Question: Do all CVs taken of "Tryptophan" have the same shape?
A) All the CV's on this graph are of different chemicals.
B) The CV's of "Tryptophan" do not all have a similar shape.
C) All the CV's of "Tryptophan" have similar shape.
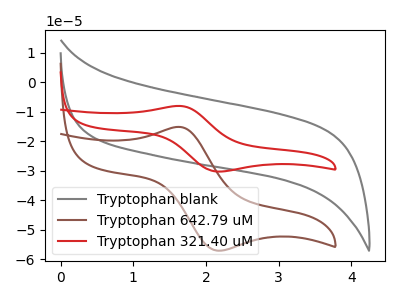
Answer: <think>The gray curve "Tryptophan blank" has no peaks. The brown curve "Tryptophan 642.79 uM" has an anodic peak at (1.65V, -15.15uA) and a cathodic peak at (2.15V, -57.15uA). The red curve "Tryptophan 321.40 uM" has an anodic peak at (1.65V, -8.05uA) and a cathodic peak at (2.15V, -30.30uA).
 "Tryptophan blank" and "Tryptophan 642.79 uM" have a different number of peaks. "Tryptophan blank" and "Tryptophan 321.40 uM" have a different number of peaks. All the peaks in "Tryptophan 642.79 uM" have a peak in "Tryptophan 321.40 uM" at the same potential.</think>
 <answer>C) All the CV's of "Tryptophan" have similar shape.</answer>
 <eval>C</eval>